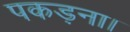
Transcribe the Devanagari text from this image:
पकड़ना।